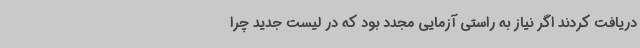
دریافت کردند اگر نیاز به راستی آزمایی مجدد بود که در لیست جدید چرا